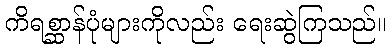
ကိရစ္ဆာန်ပုံများကိုလည်း ရေးဆွဲကြသည်။